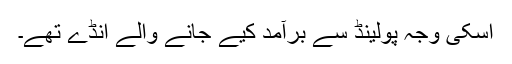
اسکی وجہ پولینڈ سے برآمد کیے جانے والے انڈے تھے۔